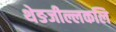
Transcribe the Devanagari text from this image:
थेङजील्लकलि